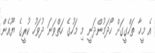
އެ މީހާ ތަހްގީގަށް ހޯދަމުންދަނީ މި މަހުގެ ހަތްވަނަ ދުވަހު ކުރީގެ ޔޫއެން